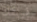
فريقك